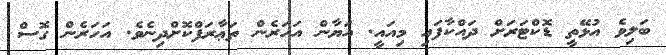
ބަލިވެ އުޅޭތީ ޑޮކްޓަރަށް ދައްކާފައި މިއައީ. އަޔާން އަހަރެން ތަޢާރަފްކޮށްދިނެވެ. އަހަރެން ގޮސް